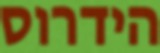
הידרוס